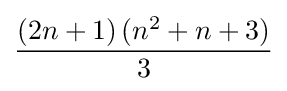
{\frac {(2n+1)\,(n^{2}+n+3)}{3}}